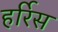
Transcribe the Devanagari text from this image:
हर्रिस